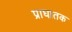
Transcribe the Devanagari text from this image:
प्राघातक